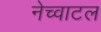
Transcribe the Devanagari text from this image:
नेच्वाटल